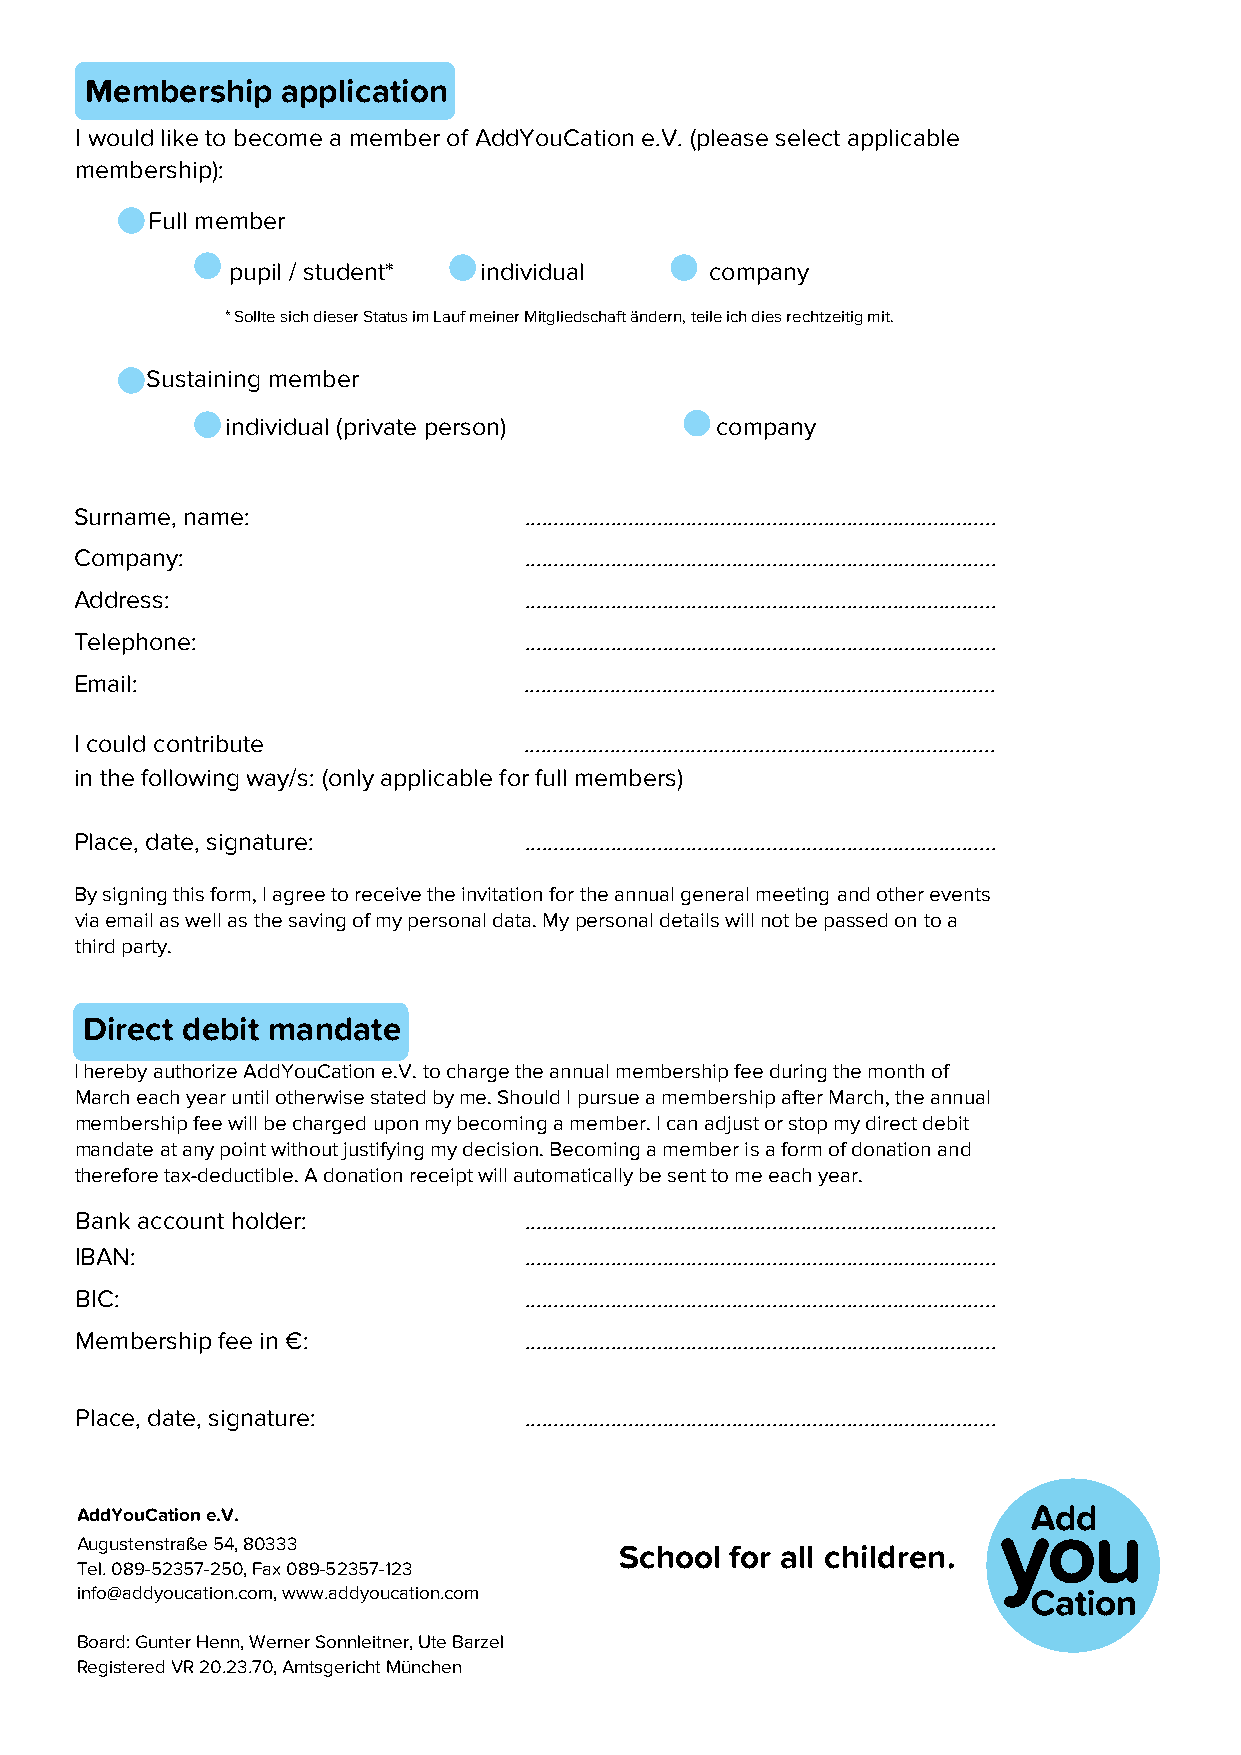
Membership   application
 I would like to become a member of AddYouCation e.V. (please select applicable
 membership):
 Full member
 pupil / student* individual     company
 * Sollte sich dieser Status im Lauf meiner Mitgliedschaft ändern, teile ich dies rechtzeitig mit.
 Sustaining member
 individual (private person)     company
 Surname, name:                ..................................................................................
 Company:                      ..................................................................................
 Address:                      ..................................................................................
 Telephone:                    ..................................................................................
 Email:                        ..................................................................................
 I could contribute            ..................................................................................
 in the following way/s: (only applicable for full members)
 Place, date, signature:       ..................................................................................
 By signing this form, I agree to receive the invitation for the annual general meeting and other events
 via email as well as the saving of my personal data. My personal details will not be passed on to a
 third party.
 Direct debit mandate
 I hereby authorize AddYouCation e.V. to charge the annual membership fee during the month of
 March each year until otherwise stated by me. Should I pursue a membership after March, the annual
 membership fee will be charged upon my becoming a member. I can adjust or stop my direct debit
 mandate at any point without justifying my decision. Becoming a member is a form of donation and
 therefore tax-deductible. A donation receipt will automatically be sent to me each year.
 Bank account holder:          ..................................................................................
 IBAN:                         ..................................................................................
 BIC:                          ..................................................................................
 Membership fee in €:          ..................................................................................
 Place, date, signature:       ..................................................................................
 AddYouCation e.V.
 Augustenstraße 54, 80333
 School for all children.
 Tel. 089-52357-250, Fax 089-52357-123
 info@addyoucation.com, www.addyoucation.com
 Board: Gunter Henn, Werner Sonnleitner, Ute Barzel
 Registered VR 20.23.70, Amtsgericht München